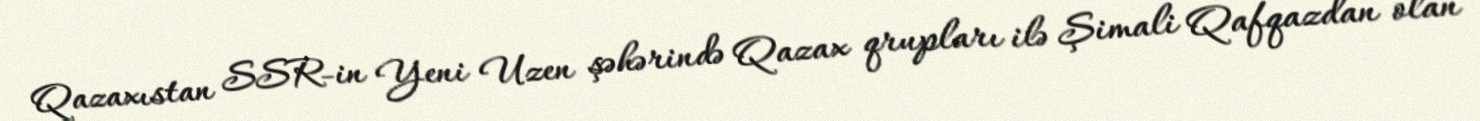
Qazaxıstan SSR-in Yeni Uzen şəhərində Qazax qrupları ilə Şimali Qafqazdan olan